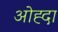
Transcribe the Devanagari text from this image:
ओह्दा